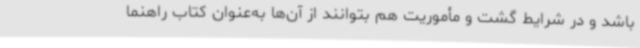
باشد و در شرایط گشت و مأموریت هم بتوانند از آن‌ها به‌عنوان کتاب راهنما